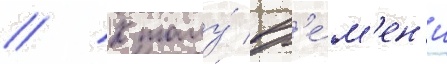
// К тому́ вр'е́м'ен'и